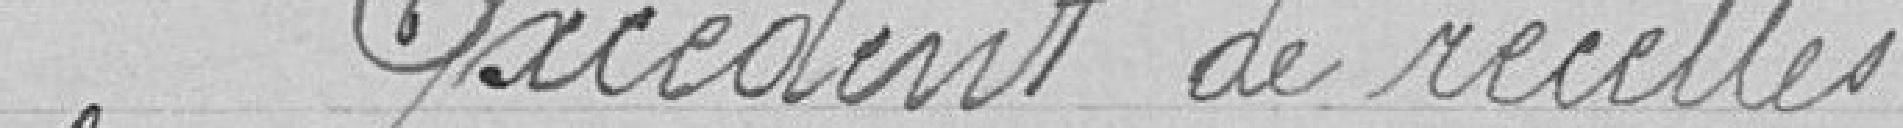
Excédent de recettes